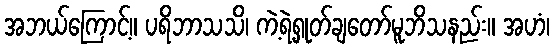
အဘယ်ကြောင့်။ ပရိဘာသသိ၊ ကဲ့ရဲ့ရှုတ်ချတော်မူဘိသနည်း။ အဟံ၊